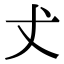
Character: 𠀋